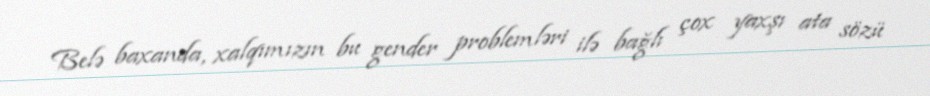
Belə baxanda, xalqımızın bu gender problemləri ilə bağlı çox yaxşı ata sözü